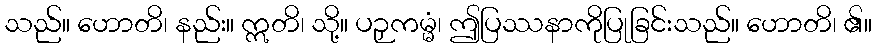
သည်။ ဟောတိ၊ နည်း။ ဣတိ၊ သို့။ ပဉှကမ္မံ၊ ဤပြဿနာကိုပြုခြင်းသည်။ ဟောတိ၊ ၏။